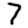
Digit: 7